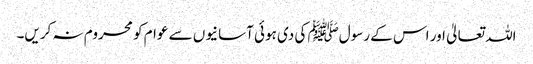
اللہ تعالیٰ اور اس کے رسولﷺ کی دی ہوئی آسانیوں سے عوام کو محروم نہ کریں۔